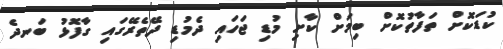
ކުޑަކޮށް ތަފާތުކޮށް ބިމަށް ކާށި މުޑި ޖަހައި ދެމުޑި ދޭތެރޭގައި ގާފޮޅު ބަނދެ